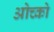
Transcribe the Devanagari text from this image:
ओच्को